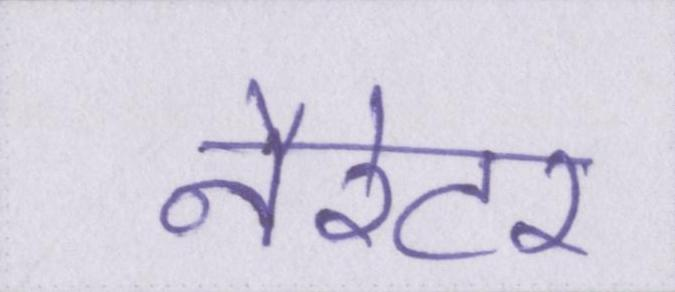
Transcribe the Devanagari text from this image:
नैरेटर